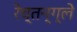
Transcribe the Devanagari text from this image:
रेच्तन्ग्ले